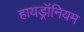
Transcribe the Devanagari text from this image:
हायड्रॉनियम